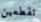
تقطعين